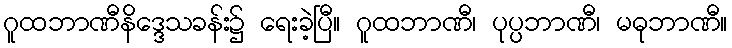
ဂူထဘာဏီနိဒ္ဒေသခန်း၌ ရေးခဲ့ပြီ။ ဂူထဘာဏီ၊ ပုပ္ပဘာဏီ၊ မဓုဘာဏီ။